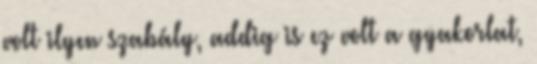
volt ilyen szabály, addig is ez volt a gyakorlat,